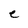
Character: e